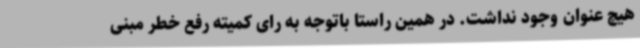
هیچ عنوان وجود نداشت. در همین راستا باتوجه به رای کمیته رفع خطر مبنی